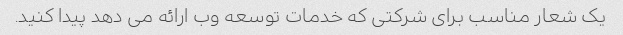
یک شعار مناسب برای شرکتی که خدمات توسعه وب ارائه می دهد پیدا کنید.